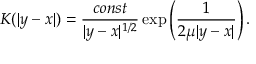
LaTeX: K ( | y - x | ) = \frac { c o n s t } { | y - x | ^ { 1 / 2 } } \exp \left( \frac { 1 } { 2 \mu | y - x | } \right) .